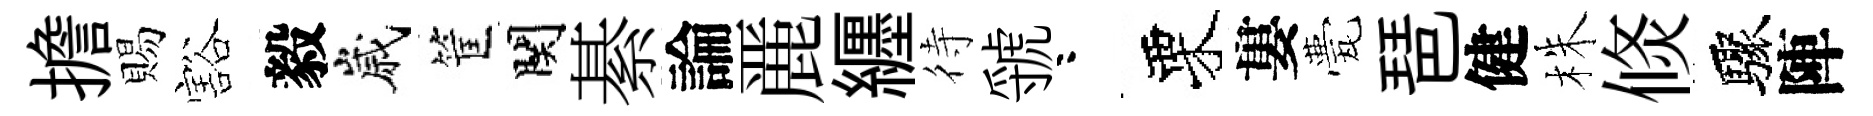
擔賜豁毅嵗筐関綦論䴡纒待虢咯栗婁甍琶健株倐驟陣